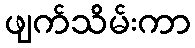
ဖျက်သိမ်းကာ